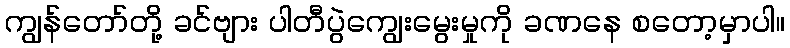
ကျွန်တော်တို့ ခင်ဗျား ပါတီပွဲကျွေးမွေးမှုကို ခဏနေ စတော့မှာပါ။